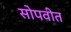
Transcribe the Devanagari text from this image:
सोपवीत